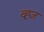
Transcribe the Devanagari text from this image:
व्ह्ज